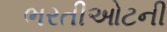
ભરતીઓટની